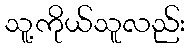
သူ့ကိုယ်သူလည်း